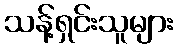
သန့်ရှင်းသူများ